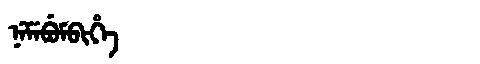
Manchu: ᠨᡝᠮᡝᠪᡠᠮᠪᡳᡥᡝ
Romanization: NEMEBUMBIHE